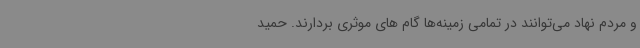
و مردم نهاد می‌توانند در تمامی زمینه‌ها گام های موثری بردارند. حمید